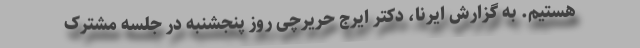
هستیم. به گزارش ایرنا، دکتر ایرج حریرچی روز پنجشنبه در جلسه مشترک